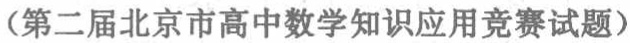
（第二届北京市高中数学知识应用竞赛试题）